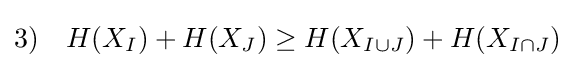
3)\quad H(X_{I})+H(X_{J})\geq H(X_{I\cup J})+H(X_{I\cap J})